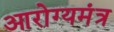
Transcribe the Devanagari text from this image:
आरोग्यमंत्र